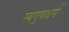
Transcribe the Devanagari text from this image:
स्वगुणधर्म